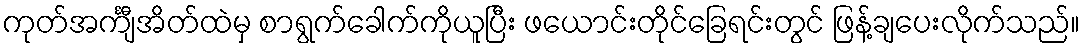
ကုတ်အင်္ကျီအိတ်ထဲမှ စာရွက်ခေါက်ကိုယူပြီး ဖယောင်းတိုင်ခြေရင်းတွင် ဖြန့်ချပေးလိုက်သည်။